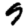
Digit: 9